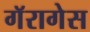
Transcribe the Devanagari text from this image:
गॅरागेस